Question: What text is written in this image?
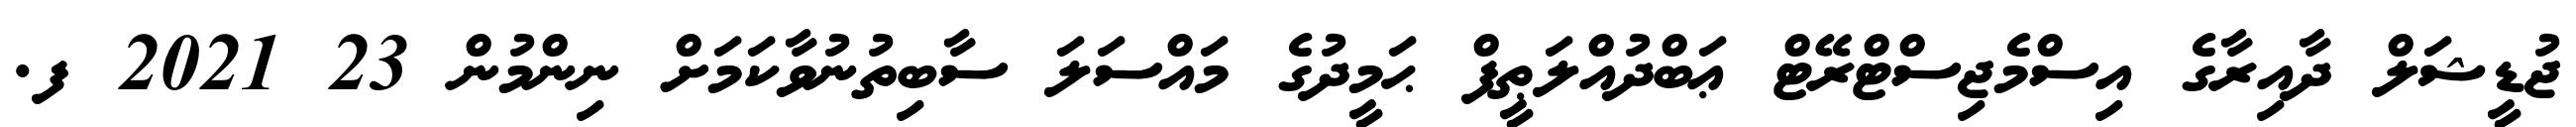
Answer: ޖުޑީޝަލް ދާއިރާގެ އިސްމެޖިސްޓްރޭޓް ޢަބްދުއްލަޠީފް ޙަމީދުގެ މައްސަލަ ސާބިތުނުވާކަމަށް ނިންމުން 23 2021 ފ.